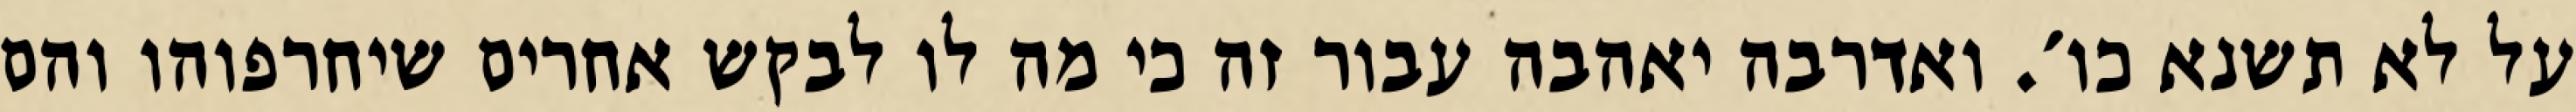
על לא תשנא כו׳. ואדרבה יאהבה עבור זה כי מה לו לבקש אחרים שיחרפוהו והם